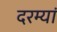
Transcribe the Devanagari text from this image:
दरम्‍यां